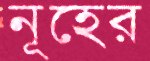
নূহের